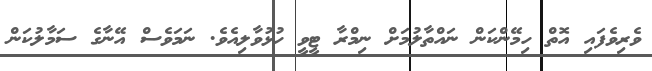
ވެރިވެފައި އޮތް ހިމޭންކަން ނައްތާލުމަށް ނިމްރާ ޓީވީ ހުޅުވާލިއެވެ. ނަމަވެސް އޭނާގެ ސަމާލުކަން